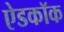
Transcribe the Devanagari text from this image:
ऐडकॉक